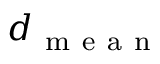
d _ { \mathrm { ~ m ~ e ~ a ~ n ~ } }